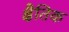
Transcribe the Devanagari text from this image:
क्षैतिक